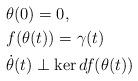
LaTeX: \begin{align*} &\theta(0)=0, \\& f(\theta(t))=\gamma(t)\;\\& \dot\theta(t)\perp\ker df(\theta(t)) \quad \end{align*}